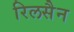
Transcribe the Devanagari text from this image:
रिलसैन